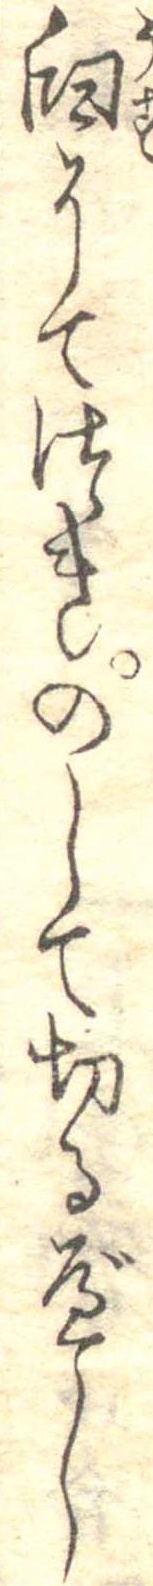
臼にてつきのして切るべし